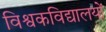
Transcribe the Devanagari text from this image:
विश्वकविद्यालयों